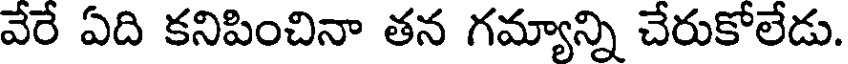
వేరే ఏది కనిపించినా తన గమ్యాన్ని చేరుకోలేడు.